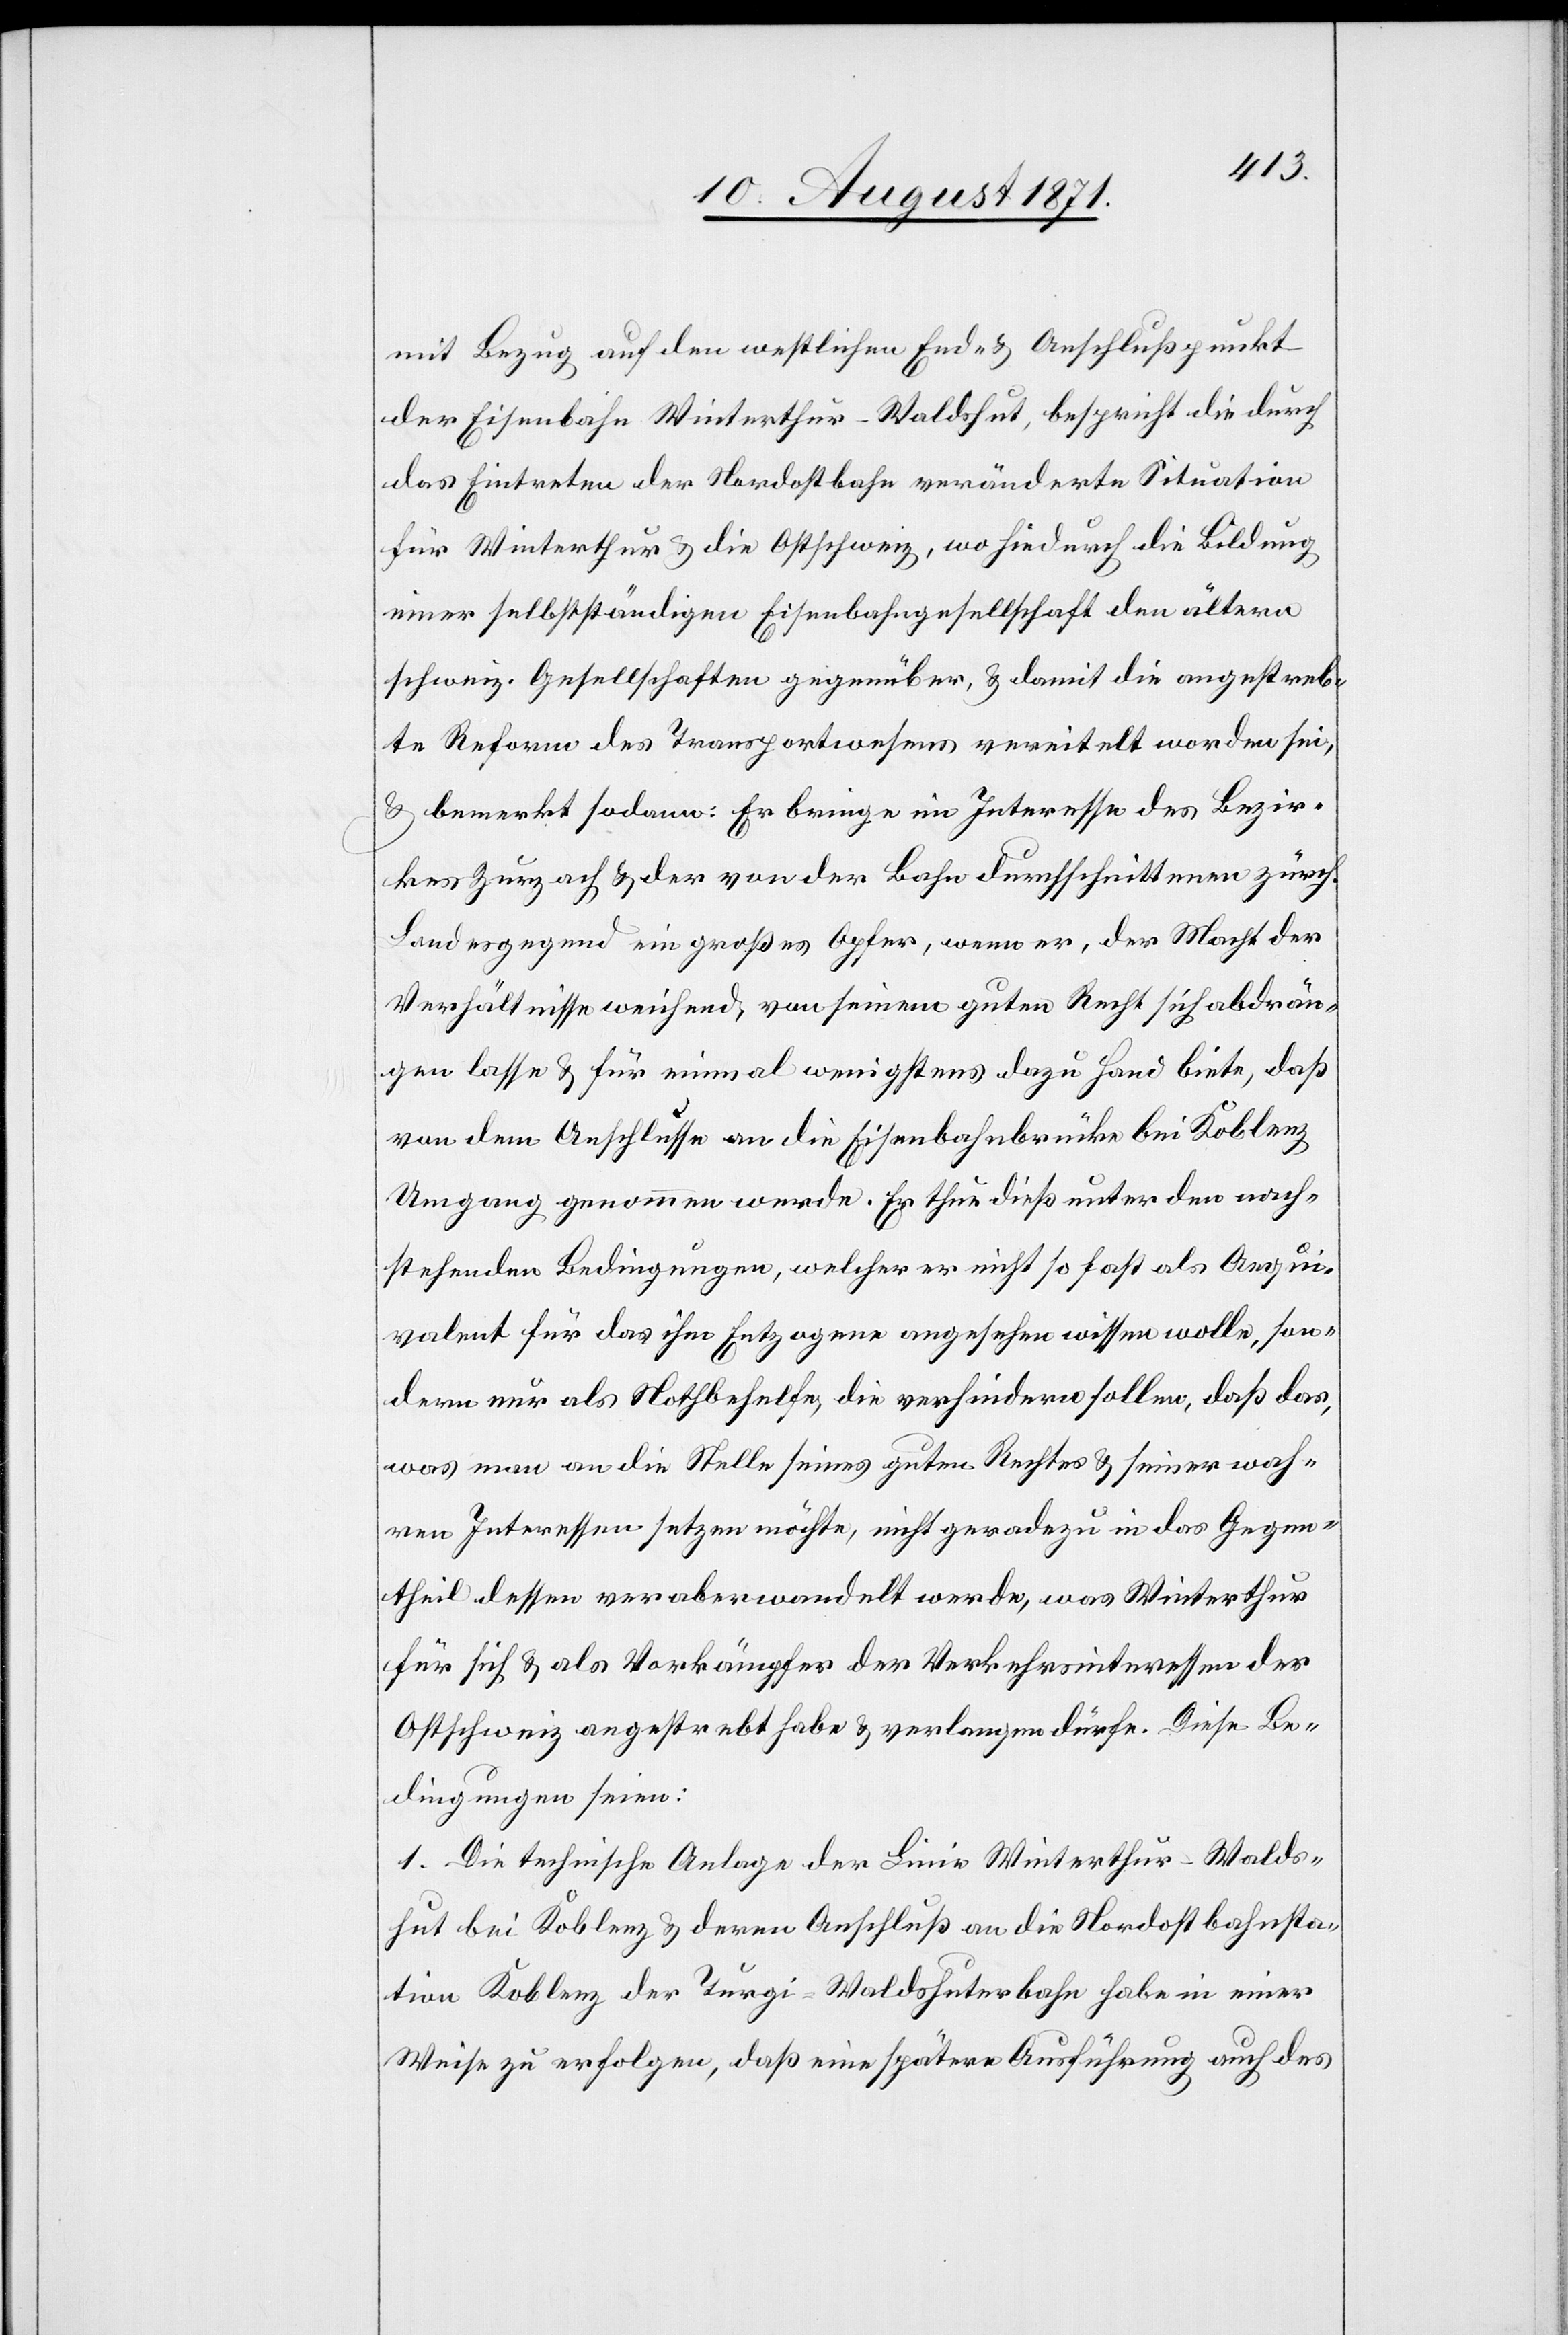
mit Bezug auf den westlichen End- & Anschlußpunkt
der Eisenbahn Winterthur–Waldshut, bespricht die durch
das Eintreten der Nordostbahn veränderte Situation
für Winterthur & die Ostschweiz, wohindurch die Bildung
einer selbstständigen Eisenbahngesellschaft den älteren
schweiz. Gesellschaften gegenüber & damit die angestreb¬
te Reform des Transportwesens vereitelt worden sei,
& bemerkt sodann: Es bringe im Interesse des Bezir¬
kes Zurzach & der von der Bahn durchschnittenen zürch.
Landesgegend ein großes Opfer, wenn er, der Macht der
Verhältnisse weichend von seinem guten Recht sich abdrän¬
gen lasse & für einmal wenigstens dazu Hand biete, daß
von dem Anschlusse an die Eisenbahnbrücke bei Koblenz
Umgang genommen werde. Er thue dieß unter den nach¬
stehenden Bedingungen, welche er nicht so fest als Aequi¬
valent für das ihm Entzogene angesehen wissen wolle, son¬
dern nur als Nothbehelfe, die verhindern sollen, daß das,
was man an die Stelle seines guten Rechts & seines wah¬
ren Interessen setzen möchte, nicht geradezu in das Gegen¬
theil dessen veraberwandelt werde, was Winterthu¬
r sich & als Vorkämpfer der Verkehrsinteressen der
Ostschweiz angestrebt habe & verlangen dürfe. Diese Be¬
dingungen seien:
1. Die technische Anlage der Linie Winterthur–Walds¬
hut bei Koblenz & deren Anschluß an die Nordostbahnsta¬
tion Koblenz der Türgi-Waldshuterbahn habe in einer
Weise zu erfolgen, daß eine spätere Ausführung auch des